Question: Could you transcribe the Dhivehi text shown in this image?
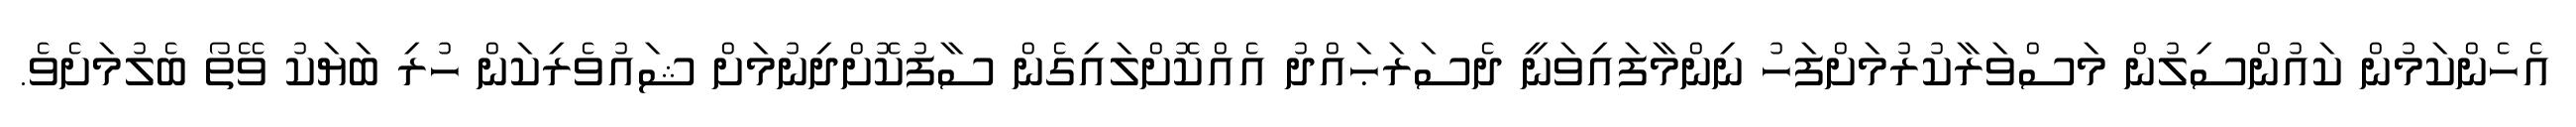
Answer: އެހެންކަމުން ކައުންސިލުން މަސްވަރާކުރުމަށްފަހު ނިންމާފައިވަނީ ދެސަރަޙައްދު އެއްކޮށްލައިގެން ސާފުކޮށްދިނުމަށް ޝައުވެރިކަން ހުރި ބަޔަކު ވޭތޯ ބެލުމަށެވެ.